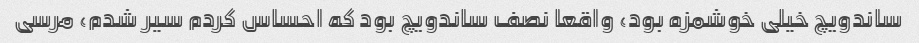
ساندویچ خیلی خوشمزه بود، واقعا نصف ساندویچ بود که احساس کردم سیر شدم، مرسی